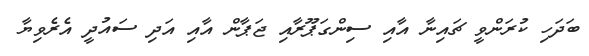
ބަދަހި ކުރަންވީ ޗައިނާ އާއި ސިންގަޕޫރާއި ޖަޕާން އާއި އަދި ސައުދީ އެރެވިޔާ